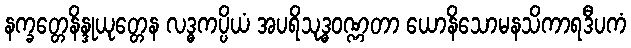
နက္ခတ္တေနိန္ဒုယုတ္တေန လဒ္ဓကပ္ပိယံ အပရိသုဒ္ဓဝဏ္ဏတာ ယောနိသောမနသိကာရဒီပကံ